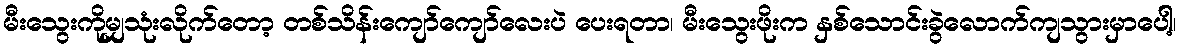
မီးသွေးကိုမျှသုံးလိုက်တော့ တစ်သိန်းကျော်ကျော်လေးပဲ ပေးရတာ၊ မီးသွေးဖိုးက နှစ်သောင်းခွဲလောက်ကျသွားမှာပေါ့၊